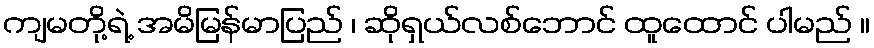
ကျမတို့ရဲ့ အမိမြန်မာပြည် ၊ ဆိုရှယ်လစ်ဘောင် ထူထောင် ပါမည် ။